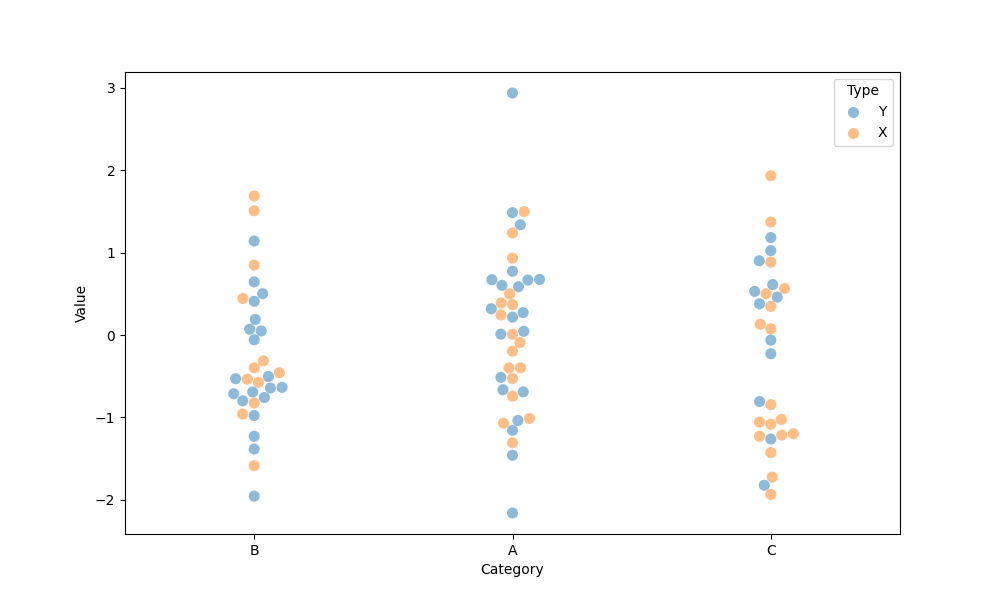
python, seaborn, swarmplot, dodge=False, alpha=0.5, size=8